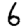
Digit: 6